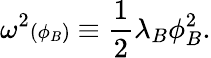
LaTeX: \omega^{2}{\scriptstyle(\phi_{B})}\equiv{\frac{1}{2}}\lambda_{B}\phi_{B}^{2}.